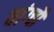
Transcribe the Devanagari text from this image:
यांग्चौ